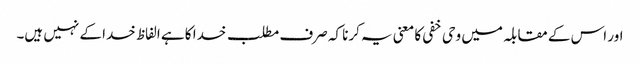
اور اس کے مقابلہ میں وحی خفی کا معنی یہ کرنا کہ صرف مطلب خدا کا ہے الفاظ خدا کے نہیں ہیں۔